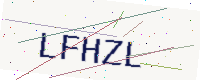
Text: LFHZL